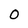
Character: 0